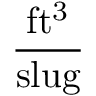
\frac { \mathrm { f t ^ { 3 } } } { \mathrm { s l u g } }